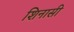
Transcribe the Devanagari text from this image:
शिनासी